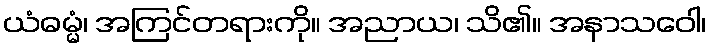
ယံဓမ္မံ၊ အကြင်တရားကို။ အညာယ၊ သိ၏။ အနာသဝေါ၊